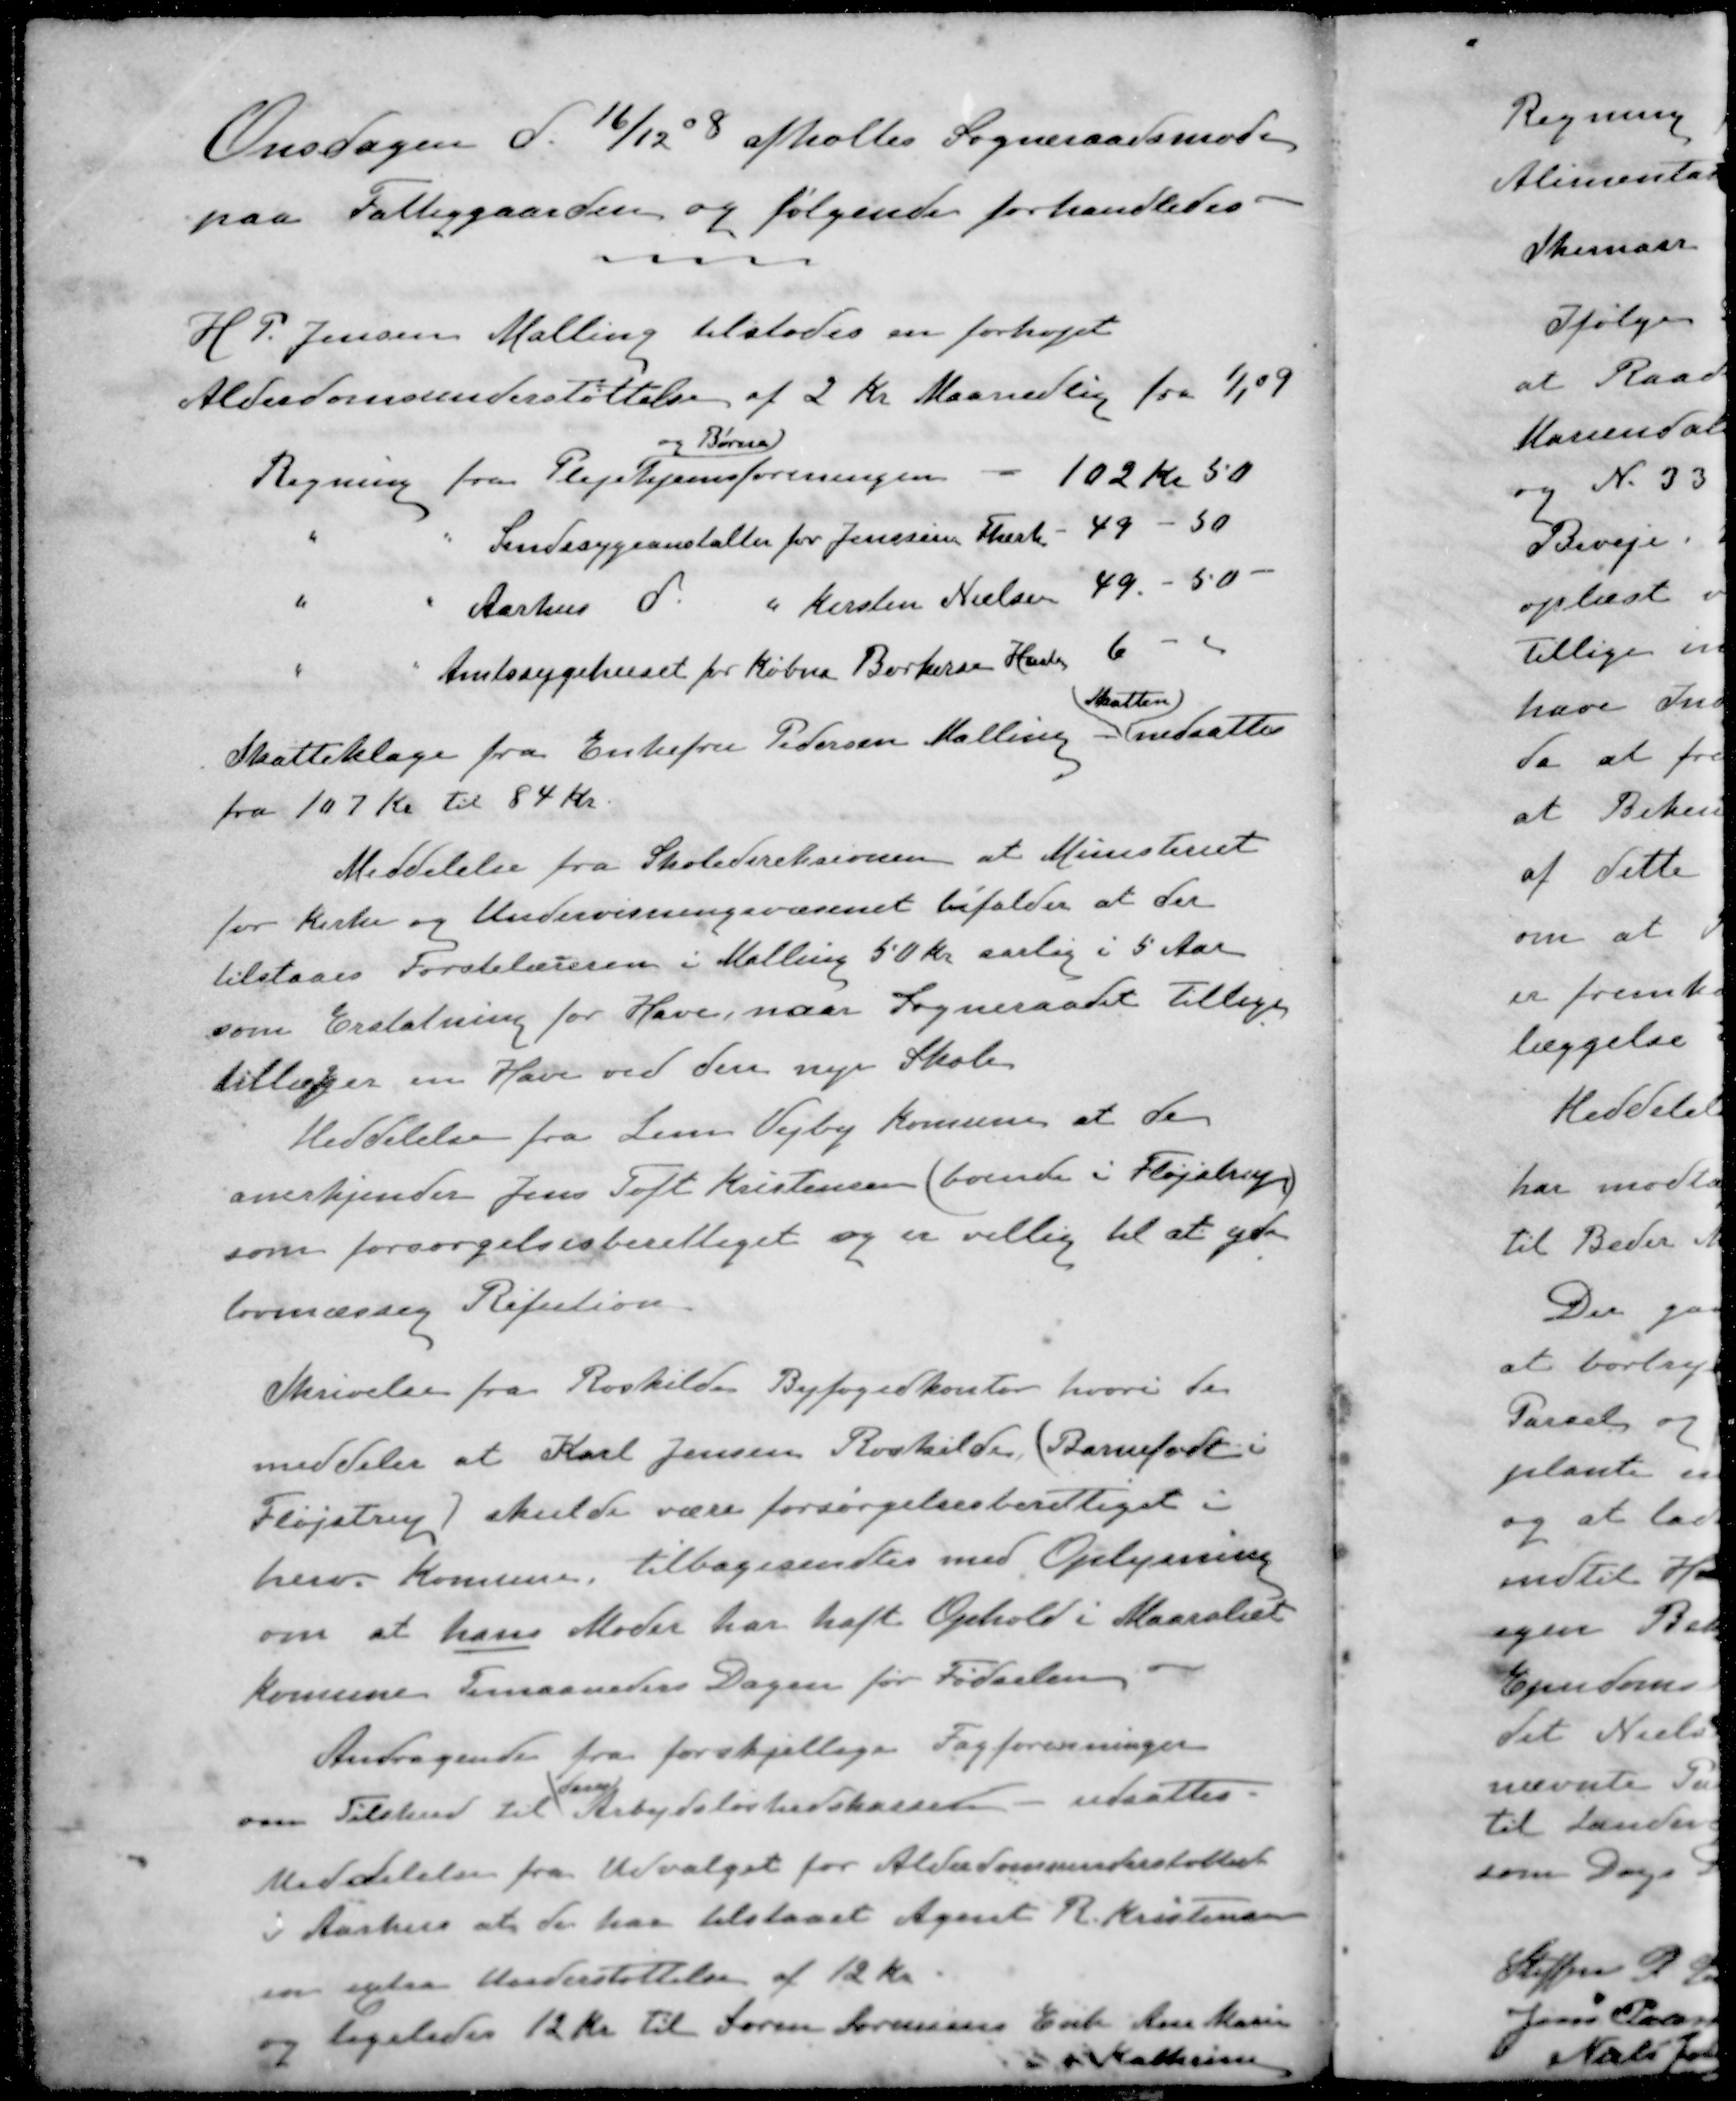
Transskription:
Onsdagen d. 16/12 08 afholtes Sogneraadsmøde
paa Fattiggaarden og følgende forhandledes
H. P. Jensen Malling tilstodes en forhøjet
Alderdomsunderstøttelse af 2 Kr Maanedlig fra 1/1 09
og Børne
Regning fra Plejehjemsforeningen - 102 kr 50
" " Sindssygeanstalter for Jensine Therk 49 - 50
" " Aarhus d. " Kirsten Nielsen 49-50.
" " Amtssygehuset for Købm Borkersen Hasle 6 - 
Skatten
Skatteklage fra Enkefru Pedersen Malling nedsattes
fra 107 Kr til 84 Kr
Meddelelse fra Skoledireksionen at Ministeriet
for Kirke og Undervisningsvæsenet bifalder at der
tilstaaes Førstelæreren i Malling 50 Kr aarlig i 5 Aar
som Erstatning for Have, naar Sogneraadet tillige
tillægger en Have ved den nye Skole
Meddelelse fra Lem Vejby Komune at de
anerkjender Jens Toft Kristensen boende i Fløjstrup
som forsørgelsesberettiget og er villig til at yde
lovmæssig Refution.
Skrivelse fra Roskildes Byfogedkontor, hvori der
meddeles at Karl Jensen Roskilde, (Barnefødt i
Fløjstrup) skulde være forsørgelsesberettiget i
herv. Komune, tilbagesendtes med Oplysning
om at hans Moder har haft Ophold i Maarslet
Komune Timaaneders Dagen før Fødselen
Andragende fra forskjellige Fagforenninger
om Tilskud til Arbejdsløshedskassen - udsattes.
Meddelelse fra Udvalget for Alderdomsunderstøttels
i Aarhus at de har tilstaaet Agent R. Kristensen
en extra Understøttelse af 12 Kr.
og ligeledes 12 Kr til Søren Sørensens Enke Ane Marie
Kathrine